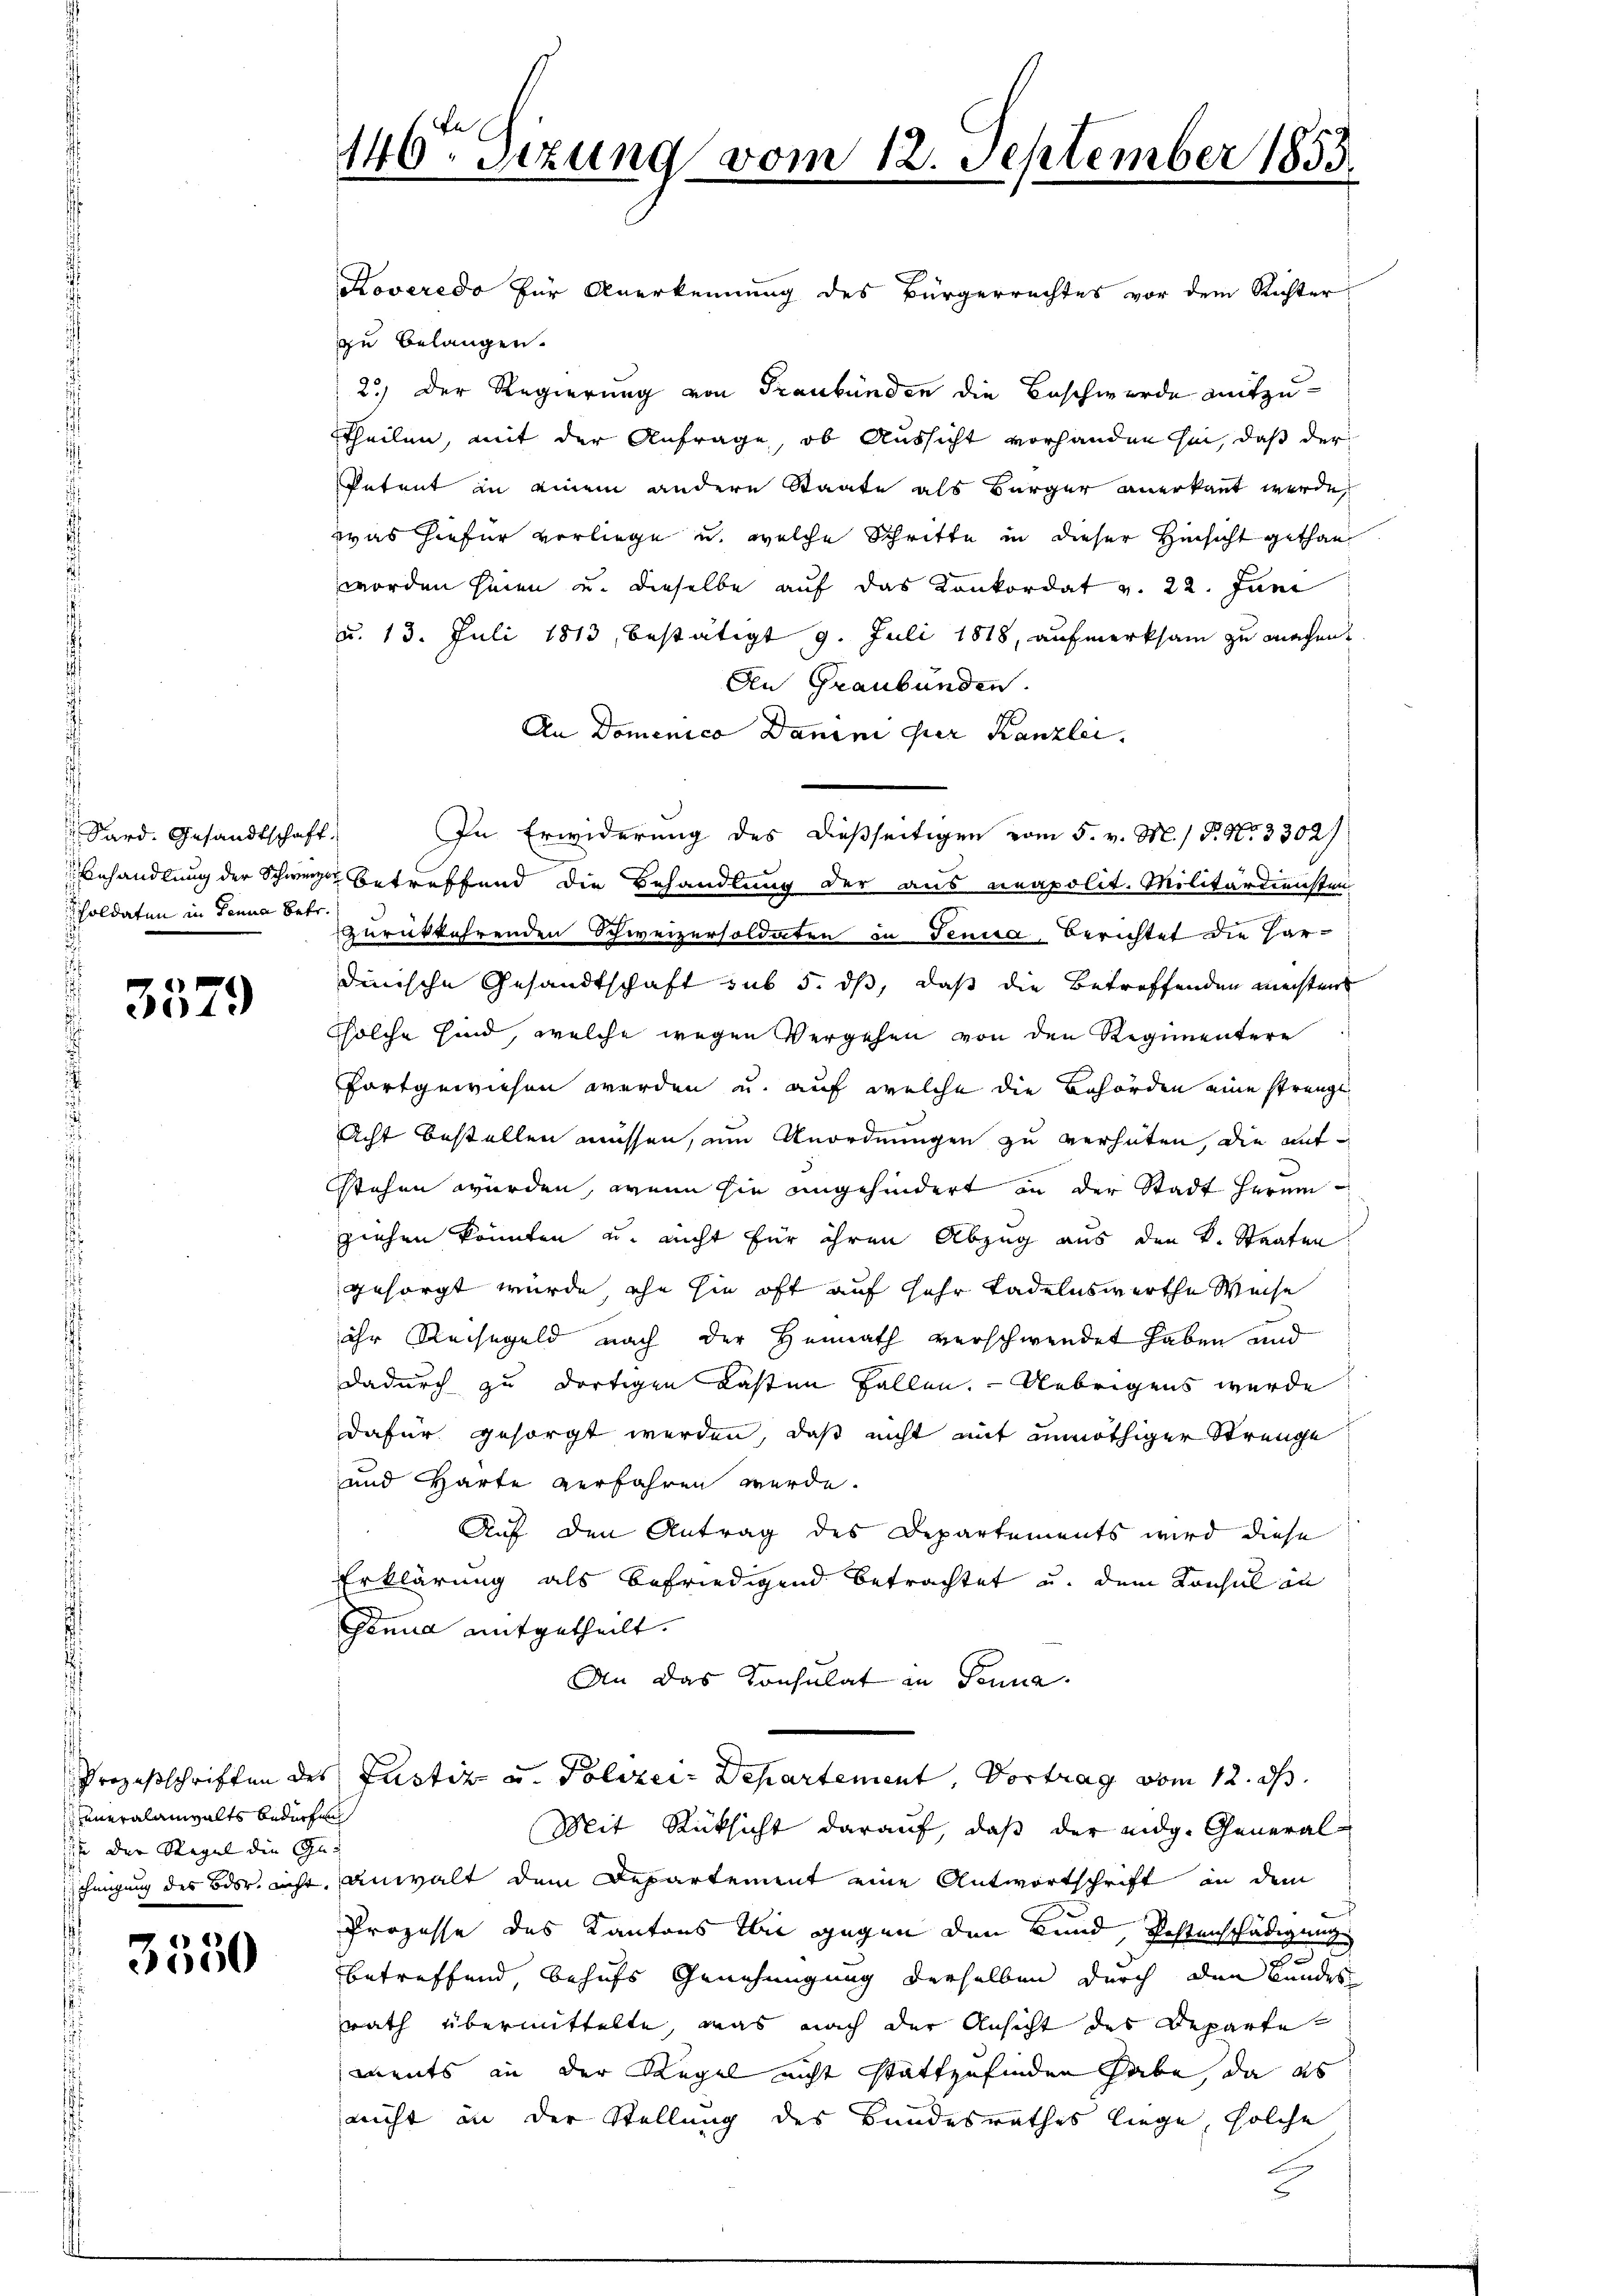
Sard. Gesandtschaft,
Scholdaten in Tanna betr.
2

3579

uneralanwalts bedürfen
ih der Regel die Ge-

1884
000

Koveredo für Anerkennung des Bürgerrechtes vor dem Richter
zu belangen.
2.) Der Regierung von Graubünden die Beschwerde mitzu¬
Theilen, mit der Anfrage, ob Aussicht vorhanden sein, daß der
Petent in einem andere Staate als Bürger anerkannt werde,
was hiefür vorliege u. welche Schritte in dieser Hinsicht gethan
worden seien u. dieselbe auf das Konkordat v. 22. Juni
u. 13. Juli 1813, bestätigt 9. Juli 1818, aufmerksam zu machen.
An Graubünden.
An Domenico Danini der Kanzlei.
Behandlung der Schweiz betreffend die Behandlung der aus neapolit. Militärdiensten
zurückkehrenden Schweizersoldaten in Tenia, Berichtet die Har-
dinische Gesandtschaft sub 5. dß, daß die Betreffenden meisten
solche sind, welche wegen Vergehen von den Regimentere
fortgewiesen werden u. auf welche die Behörden eine strenge
Acht bestellen müssen, um Anordnungen zu verhüten, die aufstehen würden, wenn sie angehindert in der Stadt herumziehen könnten u. nicht für ihren Abzug aus den k. Staaten
gesorgt würde, ihn sie oft auf sehr tadelnswerthe Weise
ihr Reisegeld nach der Heimath verschwendet haben und
dadurch zu dortigen Lasten Fallen. Uebrigens wurde
dafür gesorgt werden, daß nicht mit unnöthiger Strenge
und Harte verfahren werde.
Auf den Antrag des Departements wird diese
Erklärung als befriedigend betrachtet u. dem Konsul in
Genua mitgetheilt.
An das Consulat in Penna
Prozesschriften des Justiz u. Polizei- Departement, Vortrag vom 12. ds.
Mit Rücksicht darauf, daß der eidg. General-
Fingung des oder nicht, anwalt dem Departement eine Antwortschrift an dem
Prozesse des Kantons Thee gegen den Bund, Postenschädigung
betreffend, behufs Genehmigung derselben durch den Bundes
rath übermittelte, was nach der Ansicht des Departe
ments an der Regel nicht stattzufinden habe, da es
nicht an der Stellung des Bundesrathes liege, solche
E

146. Sizung vom 12. September 1855.

In Erwiderung des dießseitigen vom 5. v. M. / P. Nr. 3302/